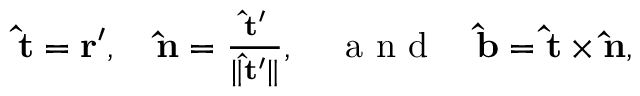
\begin{array} { r } { \mathbf { \hat { t } } = \mathbf { r ^ { \prime } } , \quad \mathbf { \hat { n } } = \frac { \mathbf { \hat { t } ^ { \prime } } } { \lVert \mathbf { \hat { t } ^ { \prime } } \rVert } , \quad \textrm { a n d } \quad \mathbf { \hat { b } } = \mathbf { \hat { t } } \times \mathbf { \hat { n } } , } \end{array}